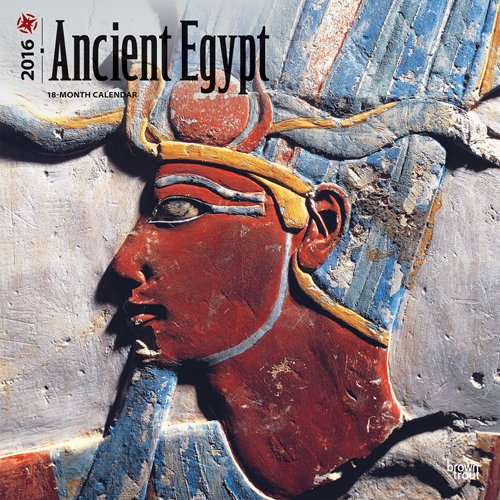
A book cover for Ancient Egypt 2016 Square 12x12 (Multilingual Edition); Browntrout Publishers; Travel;